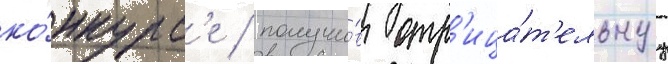
ко́нкурс'е / получи́в отр'ица́т'ельнуу